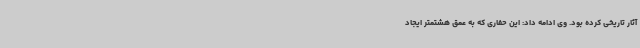
آثار تاریخی کرده بود. وی ادامه داد: این حفاری که به عمق هشتمتر ایجاد